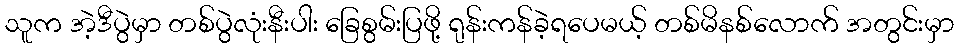
သူက အဲ့ဒီပွဲမှာ တစ်ပွဲလုံးနီးပါး ခြေစွမ်းပြဖို့ ရုန်းကန်ခဲ့ရပေမယ့် တစ်မိနစ်လောက် အတွင်းမှာ